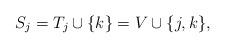
LaTeX: \begin{align*}S_j = T_j \cup \{k\} = V\cup\{j,k\},\end{align*}